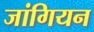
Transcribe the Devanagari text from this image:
जांगियन